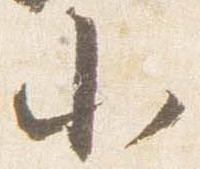
小